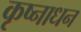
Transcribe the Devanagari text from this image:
कृष्नाधन